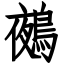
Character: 鵺